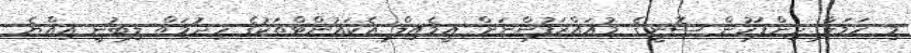
މި ހަމަލާ ދިންފަހުން ސޮނީގެ މުއައްޒަފުންނަށް އީމެއިލް އެކައުންޓްތަކުގެ ހިދުމަތް ލިބުނީ އިއްޔެ